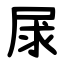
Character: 㞗